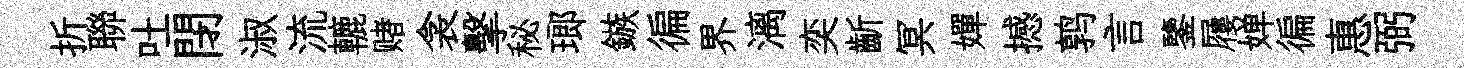
折聯吐閉淑流轆赌衾擊秘瑯鏃徧界漓奕齗冥嬋撼鹑言鑒屨婵徧惠弼